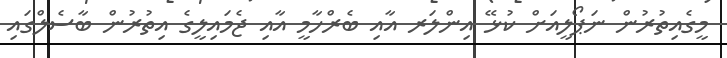
މީގެއިތުރުން ނަޕޯލީއަށް ކުޅޭ އިންލަރ އާއި ބެރްހާމީ އާއި ޖެމައިލީގެ އިތުރުން ބާސެލްގައި